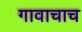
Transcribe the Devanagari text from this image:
गावाचाच